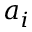
a _ { i }